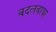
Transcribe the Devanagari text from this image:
बदलवाया